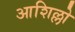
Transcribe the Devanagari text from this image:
आशिल्लो